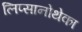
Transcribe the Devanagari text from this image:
लिप्सानोथेका